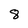
Character: 8